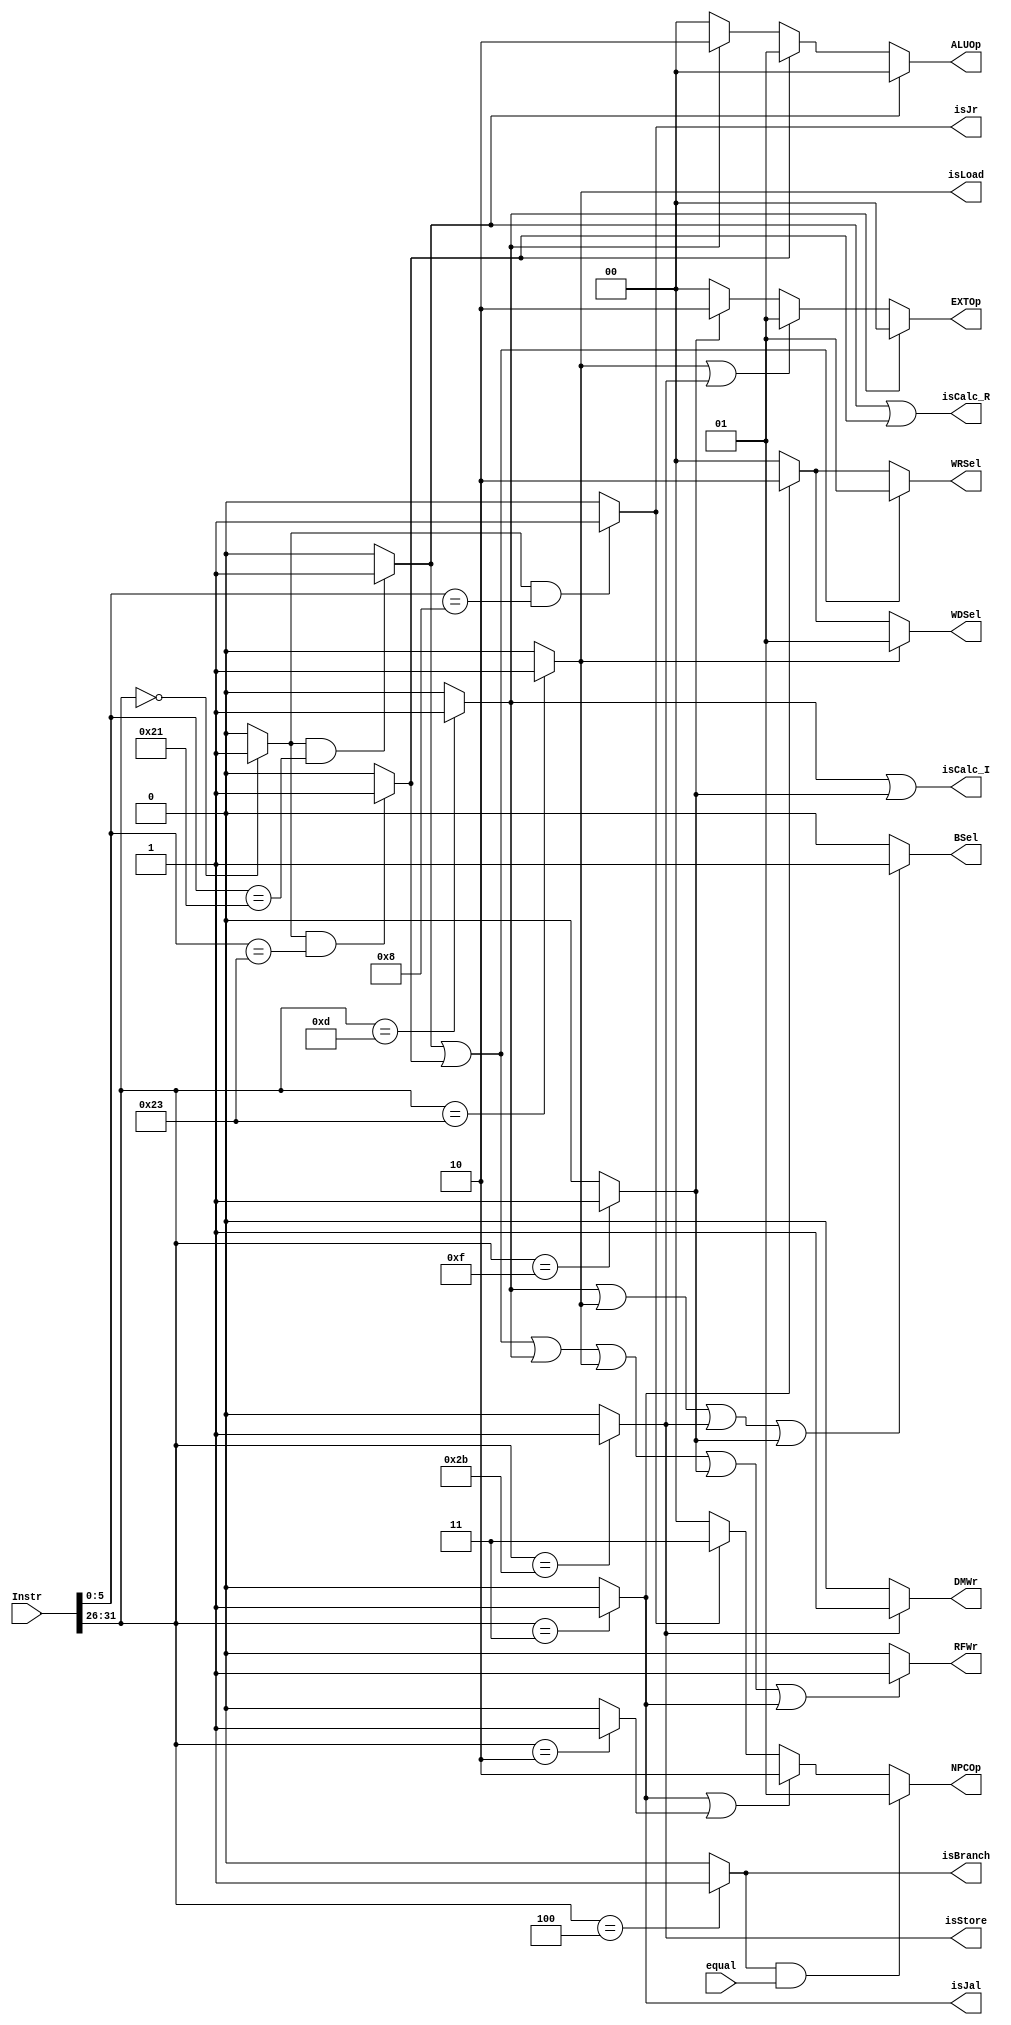
`define _CTRL_V_

module ctrl(
    input [31:0] Instr,
    input equal,
    output DMWr,
    output RFWr,
    output [1:0] ALUOp,
    output [1:0] EXTOp,
    output [1:0] NPCOp,
    output [1:0] WRSel,
    output [1:0] WDSel,
    output BSel,
    output isCalc_R, isCalc_I, isLoad, isStore, isBranch, isJal, isJr
);

    wire special, addu, subu, ori, lw, sw, beq, lui, j, jal, jr;
    wire [5:0] opcode, funct;
    assign opcode = Instr[31:26];
    assign funct = Instr[5:0];
    

    assign addu =   special && (funct == 6'b100_001) ? 1'b1 : 1'b0;
    assign subu =   special && (funct == 6'b100_011) ? 1'b1 : 1'b0;
    assign jr   =   special && (funct == 6'b001_000) ? 1'b1 : 1'b0;
    assign special  =   (opcode == 6'b000_000) ? 1'b1 : 1'b0;
    assign ori      =   (opcode == 6'b001_101) ? 1'b1 : 1'b0;
    assign lw       =   (opcode == 6'b100_011) ? 1'b1 : 1'b0;
    assign sw       =   (opcode == 6'b101_011) ? 1'b1 : 1'b0;
    assign beq      =   (opcode == 6'b000_100) ? 1'b1 : 1'b0;
    assign lui      =   (opcode == 6'b001_111) ? 1'b1 : 1'b0;
    assign j        =   (opcode == 6'b000_010) ? 1'b1 : 1'b0;
    assign jal      =   (opcode == 6'b000_011) ? 1'b1 : 1'b0;
    

    assign DMWr =   sw  ?   1'b1 :
                            1'b0;
    
    assign RFWr =   addu||subu||ori||lw||lui||jal   ?   1'b1 :
                                                        1'b0;
    
    assign ALUOp    =   addu    ?   2'b00 :
                        subu    ?   2'b01 :
                        ori     ?   2'b10 :
                                    2'b00;
    
    assign EXTOp    =   ori     ?   2'b00 :
                        lw||sw  ?   2'b01 :
                        lui     ?   2'b10 :
                                    2'b00;
    
    assign NPCOp    =   (beq&&equal)    ?   2'b01 :
                        jal||j          ?   2'b10 :
                        jr              ?   2'b11 :
                                            2'b00;
    
    assign WRSel    =   addu||subu      ?   2'b01 :
                        jal             ?   2'b10 :
                                            2'b00;
    
    assign WDSel    =   lw      ?   2'b01 :
                        jal     ?   2'b10 :
                                    2'b00;
    
    assign BSel     =   ori||lw||sw||lui    ?   1'b1 :
                                                1'b0;


    assign isCalc_R = addu | subu;
    assign isCalc_I = ori | lui;
    assign isLoad = lw;
    assign isStore = sw;
    assign isBranch = beq;
    assign isJal = jal;
    assign isJr = jr;

endmodule